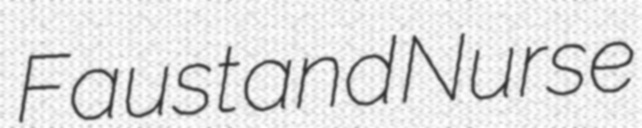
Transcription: Faust and Nurse